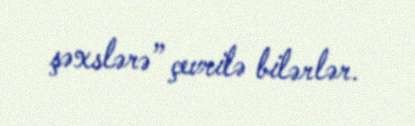
şəxslərə” çevrilə bilərlər.